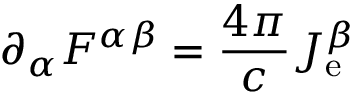
\partial _ { \alpha } F ^ { \alpha \beta } = { \frac { 4 \pi } { c } } J _ { \mathrm { e } } ^ { \beta }